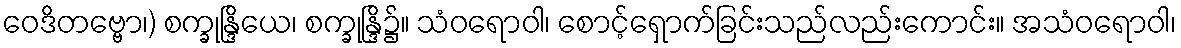
ဝေဒိတဗ္ဗော၊) စက္ခုန္ဒြိယေ၊ စက္ခုန္ဒြိ၌။ သံဝရောဝါ၊ စောင့်ရှောက်ခြင်းသည်လည်းကောင်း။ အသံဝရောဝါ၊